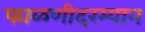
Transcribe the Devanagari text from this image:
फाळणीदरम्यान